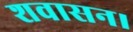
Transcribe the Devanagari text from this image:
शवासन।